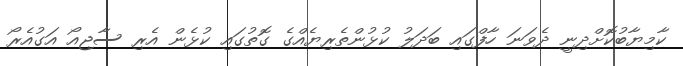
ކާމިޔާބުކޮށްދިނީ ދެވަނަ ހާފްގައި ބަދަލު ކުޅުންތެރިޔެއްގެ ގޮތުގައި ކުޅެން އެރި ސާޖިއޯ އަގުއެރޯ